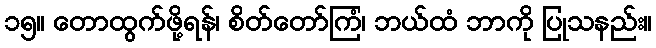
၁၅။ တောထွက်ဖို့ရန်၊ စိတ်တော်ကြံ၊ ဘယ်ထံ ဘာကို ပြုသနည်း။